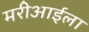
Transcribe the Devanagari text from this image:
मरीआईला